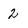
Character: 2